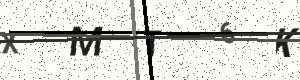
Text: XMT6K